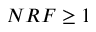
N R F \geq 1